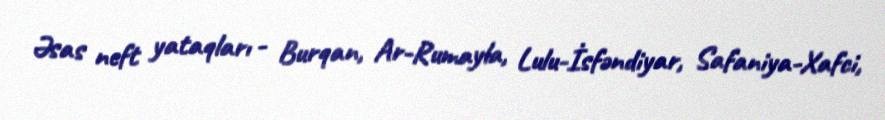
Əsas neft yataqları - Burqan, Ar-Rumayla, Lulu-İsfəndiyar, Safaniya-Xafci,